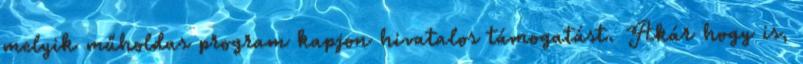
melyik műholdas program kapjon hivatalos támogatást. Akár hogy is,